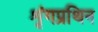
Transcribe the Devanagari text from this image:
शृंगप्रथिन